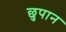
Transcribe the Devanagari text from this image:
छुपान